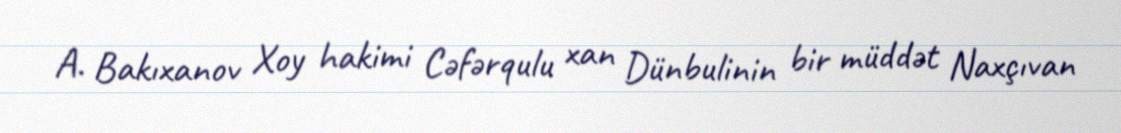
A. Bakıxanov Xoy hakimi Cəfərqulu xan Dünbulinin bir müddət Naxçıvan